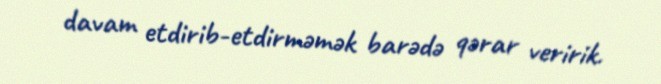
davam etdirib-etdirməmək barədə qərar veririk.